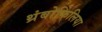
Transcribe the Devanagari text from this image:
थ्रंबोफिलिया